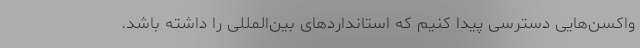
واکسن‌هایی دسترسی پیدا کنیم که استانداردهای بین‌المللی را داشته باشد.